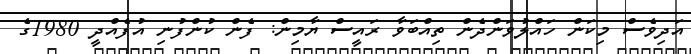
އަދިވެސް މިކަން ހައްލުވަންދެން ތިއްބަވާ ރައީސް ޔާމިން: ފެން ކުންފުނި އުފެއްދީ 1980ގެ